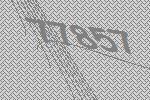
77857